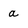
Character: a